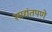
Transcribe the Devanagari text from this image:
साद्यंतपणे